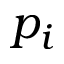
p _ { i }